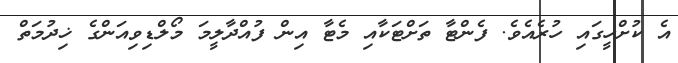
އެ ކުށްހީގައި ހުރެއެވެ. ފެންޓާ ތަށްޓަކާއި މެޓާ އިން ފުއްދާލީމަ މޯލްޑިވިއަންގެ ޚިދުމަތް